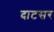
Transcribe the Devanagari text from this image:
दाटसर